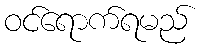
ဝင်ရောက်ရမည်